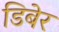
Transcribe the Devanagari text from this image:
डिबेर